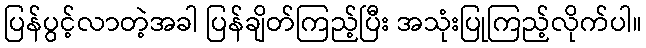
ပြန်ပွင့်လာတဲ့အခါ ပြန်ချိတ်ကြည့်ပြီး အသုံးပြုကြည့်လိုက်ပါ။